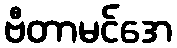
ဗီတာမင်အေ